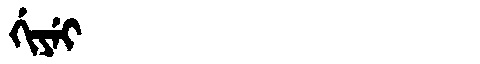
Manchu: ᡤᡳᠶᡝᡳ
Romanization: GIYEI